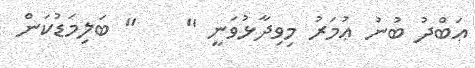
ޢަބްދު ބުނު ޢުމަރު މިވިދާޅުވަނީ "    " ބަލިމަޑުކަން